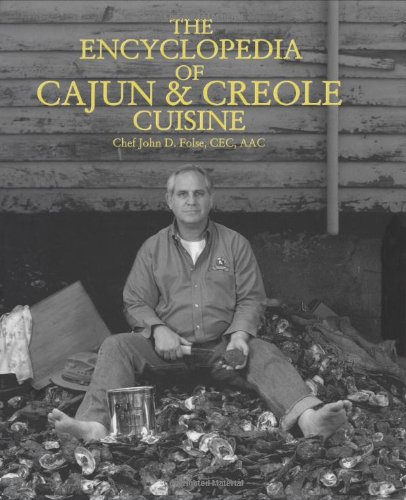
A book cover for The Encyclopedia of Cajun & Creole Cuisine; John D. Folse; Cookbooks, Food & Wine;